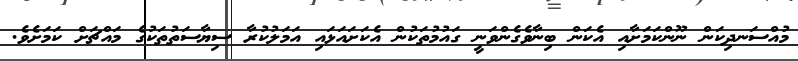
މުއްސަނދިކަން ނޫންކަމަށާއި އެކަން ބިނާވެގެންވަނީ ގައުމުތަކުން އެކަށައަޅައި އަމަލުކުރާ ސިޔާސަތުތަކުގެ މައްޗަށް ކަމަށެވެ.